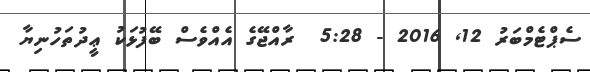
ސެޕްޓެމްބަރު 12